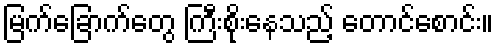
မြက်ခြောက်တွေ ကြီးစိုးနေသည့် တောင်စောင်း။